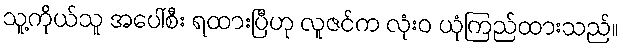
သူ့ကိုယ်သူ အပေါ်စီး ရထားပြီဟု လူဇင်က လုံးဝ ယုံကြည်ထားသည်။